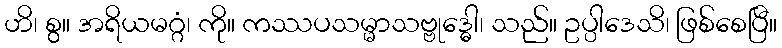
ဟိ၊ စွ။ အရိယမဂ္ဂံ၊ ကို။ ကဿပသမ္မာသဗ္ဗုဒ္ဓေါ၊ သည်။ ဥပ္ပါဒေသိ၊ ဖြစ်စေပြီ။